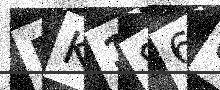
Text: PK1866